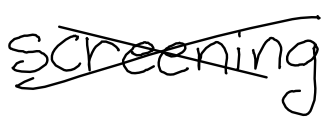
Text: screening
Cross-out: cross
Writing tool: digital_black